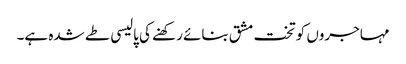
مہاجروں کو تخت مشق بنائے رکھنے کی پالیسی طے شدہ ہے۔